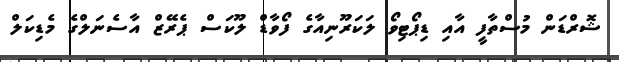
ޝޮރްޑަން މުސްތާފީ އާއި ޑިޕޯޓިވޯ ލަކަރޫނިއާގެ ފޯވާޑް ލޫކަސް ޕެރޭޒް އާސެނަލްގެ މެޑިކަލް